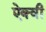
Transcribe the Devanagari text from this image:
ऐक्वी